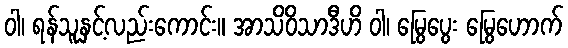
ဝါ၊ ရန်သူနှင့်လည်းကောင်း။ အာသိဝိသာဒီဟိ ဝါ၊ မြွေပွေး မြွေဟောက်